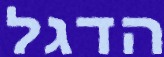
הדגל